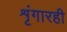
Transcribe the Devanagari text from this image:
शृंगारही